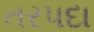
તરપદા